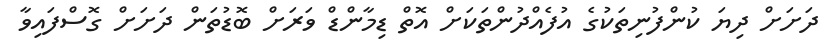
ދަށަށް ދިޔަ ކުންފުނިތަކުގެ އުފެއްދުންތަކަށް އޮތް ޑިމާންޑް ވަރަށް ބޮޑުތަން ދަށަށް ގޮސްފައިވާ